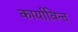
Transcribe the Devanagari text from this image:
कार्याविन्त